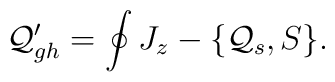
{\cal Q}^\prime_{gh}=\oint J_z-\{{\cal Q}_s,S\}.